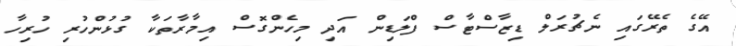
އޭގެ ތެރޭގައި ނެޗުރަލް ޑިޒާސްޓާސް ފްލަޑިން އަދި މިހެންގޮސް އިމާރާތަކާ ގުޅުންހުރި ހުރިހާ